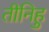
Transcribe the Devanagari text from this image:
तीनिहु